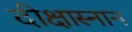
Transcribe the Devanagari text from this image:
दीक्षास्नान